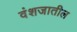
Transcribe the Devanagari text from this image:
वंशजातील